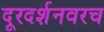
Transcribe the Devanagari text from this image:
दूरदर्शनवरच